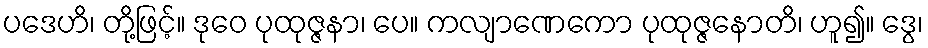
ပဒေဟိ၊ တို့ဖြင့်။ ဒုဝေ ပုထုဇ္ဇနာ၊ ပေ။ ကလျာဏေကော ပုထုဇ္ဇနောတိ၊ ဟူ၍။ ဒွေ၊